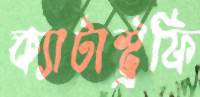
ক্যাটাস্ট্রফি